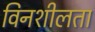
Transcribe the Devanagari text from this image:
विनशीलता